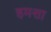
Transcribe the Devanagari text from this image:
हमत्ता